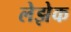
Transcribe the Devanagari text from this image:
लेझेक